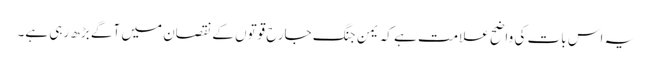
یہ اس بات کی واضح علامت ہے کہ یمن جنگ جارح قوتوں کے نقصان میں آگے بڑھ رہی ہے۔